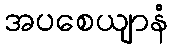
အပစေယျာနံ